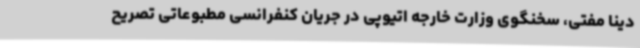
دینا مفتی، سخنگوی وزارت خارجه اتیوپی در جریان کنفرانسی مطبوعاتی تصریح